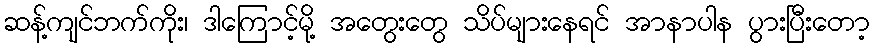
ဆန့်ကျင်ဘက်ကိုး၊ ဒါကြောင့်မို့ အတွေးတွေ သိပ်များနေရင် အာနာပါန ပွားပြီးတော့